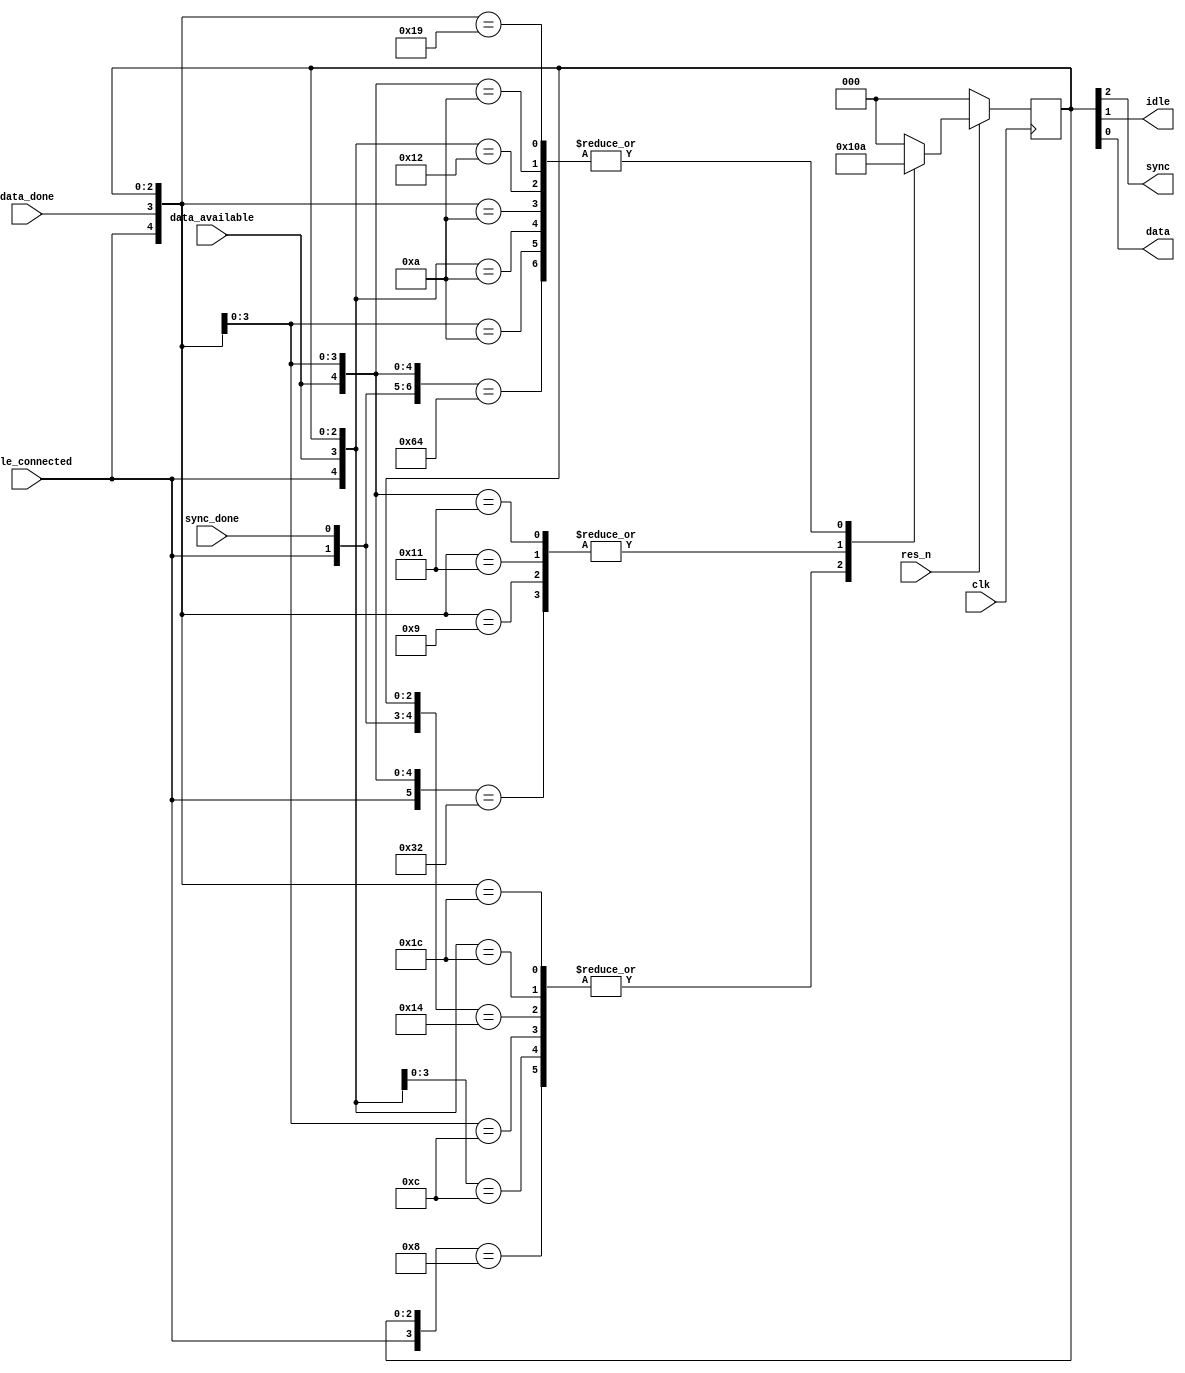
/**
 reg fsm_cable_connected;
reg fsm_sync_done;
reg fsm_data_available;
reg fsm_data_done;

wire fsm_sync;
wire fsm_idle;
wire fsm_data;

link_fsm link_fsm_I (

    .clk(), 
    .res_n(), 
	//-- Inputs
	.cable_connected(fsm_cable_connected), 
	.sync_done(fsm_sync_done), 
	.data_available(fsm_data_available), 
	.data_done(fsm_data_done), 

	//-- Outputs
	.sync(fsm_sync), 
	.idle(fsm_idle), 
	.data(fsm_data)
);

 */
module link_fsm ( 
    input wire clk, 
    input wire res_n, 

    // Inputs
    //------------ 
    input wire cable_connected, 
    input wire sync_done, 
    input wire data_available, 
    input wire data_done, 

    // Outputs
    //------------ 
    output wire sync, 
    output wire idle, 
    output wire data
 );

localparam WAIT_CABLE = 3'b000;
localparam SYNC = 3'b100;
localparam IDLE = 3'b010;
localparam DATA = 3'b001;

reg [2:0] current_state, next_state;
assign {sync, idle, data} = current_state;

wire [3:0] inputvector;
assign inputvector = {cable_connected, sync_done, data_available, data_done};


always @(*) begin
  casex({inputvector, current_state})
    {4'b0xx1, WAIT_CABLE},
    {4'b0x1x, WAIT_CABLE}:   next_state = WAIT_CABLE;
    {4'b1xxx, WAIT_CABLE}:   next_state = SYNC;
    {4'b1xx1, SYNC},
    {4'b1x1x, SYNC},
    {4'b10xx, SYNC},
    {4'bxxx1, SYNC},
    {4'bxx1x, SYNC}:   next_state = SYNC;
    {4'b1100, SYNC}:   next_state = IDLE;
    {4'bxx01, IDLE},
    {4'b1x0x, IDLE},
    {4'b0xx1, IDLE},
    {4'b0x1x, IDLE},
    {4'bxxx1, IDLE}:   next_state = IDLE;
    {4'b1x10, IDLE}:   next_state = DATA;
    {4'bxx10, DATA},
    {4'b1xx0, DATA},
    {4'b0xx1, DATA},
    {4'b0x1x, DATA}:   next_state = DATA;
    {4'b1xx1, DATA}:   next_state = IDLE;
    {4'b0x00, 3'bxxx}:   next_state = WAIT_CABLE;
    default:  next_state = WAIT_CABLE;
  endcase
end

`ifdef ASYNC_RES
 always @(posedge clk or negedge res_n ) begin
`else
 always @(posedge clk) begin
`endif
    if (!res_n)
    begin
        current_state <= WAIT_CABLE;
    end
    else begin
        current_state <= next_state;
    end
end

`ifdef CAG_COVERAGE
// synopsys translate_off

	// State coverage
	//--------

	//-- Coverage group declaration
	covergroup cg_states @(posedge clk);
		states : coverpoint current_state {
			bins WAIT_CABLE = {WAIT_CABLE};
			bins SYNC = {SYNC};
			bins IDLE = {IDLE};
			bins DATA = {DATA};
		}
	endgroup : cg_states

	//-- Coverage group instanciation
	cg_states state_cov_I;
	initial begin
		state_cov_I = new();
		state_cov_I.set_inst_name("state_cov_I");
	end

	// Transitions coverage
	//--------

	tc_trans_1: cover property( @(posedge clk) disable iff (!res_n)(inputvector ==? 4'b1xxx) &&(current_state == WAIT_CABLE)|=> (current_state == SYNC));

	tc_trans_2: cover property( @(posedge clk) disable iff (!res_n)(inputvector ==? 4'b1100) &&(current_state == SYNC)|=> (current_state == IDLE));

	tc_trans_3: cover property( @(posedge clk) disable iff (!res_n)(inputvector ==? 4'b1x10) &&(current_state == IDLE)|=> (current_state == DATA));

	tc_trans_4: cover property( @(posedge clk) disable iff (!res_n)(inputvector ==? 4'b1xx1) &&(current_state == DATA)|=> (current_state == IDLE));

	tc_trans_5_default: cover property( @(posedge clk) disable iff (!res_n) (current_state == DATA)|=> (current_state == DATA) );

	tc_trans_6_default: cover property( @(posedge clk) disable iff (!res_n) (current_state == SYNC)|=> (current_state == SYNC) );

	tc_trans_7_default: cover property( @(posedge clk) disable iff (!res_n) (current_state == IDLE)|=> (current_state == IDLE) );

	tc_trans_8_default: cover property( @(posedge clk) disable iff (!res_n) (current_state == WAIT_CABLE)|=> (current_state == WAIT_CABLE) );

// synopsys translate_on
`endif


endmodule